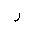
Letter: _ra